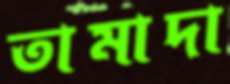
তামাদা